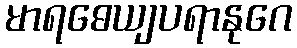
မာရဓေယျပရာနုဂေ